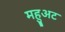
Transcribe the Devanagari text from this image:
महुअट